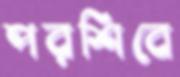
পরশিবে